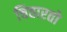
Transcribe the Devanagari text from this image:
चितारतो